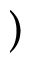
)